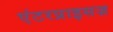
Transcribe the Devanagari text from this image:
एंटरप्राइसज़